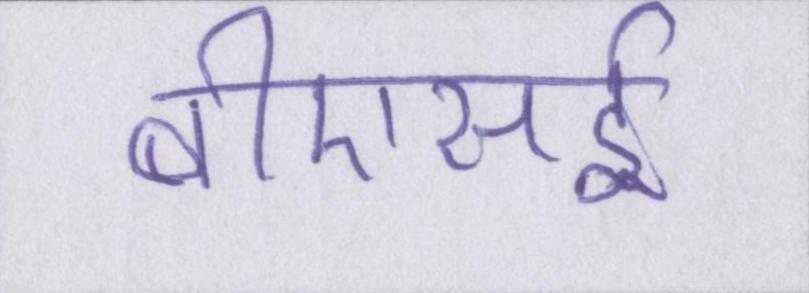
बीएसई